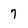
Character: 7